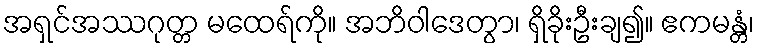
အရှင်အဿဂုတ္တ မထေရ်ကို။ အဘိဝါဒေတွာ၊ ရှိခိုးဦးချ၍။ ဧကမန္တံ၊